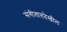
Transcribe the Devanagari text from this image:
संगीतातदेखील